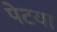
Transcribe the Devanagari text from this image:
पेटया